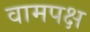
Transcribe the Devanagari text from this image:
वामपक्ष